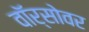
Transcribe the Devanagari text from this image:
वॉर्सोवर